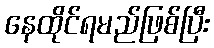
နေထိုင်ရမည်ဖြစ်ပြီး